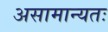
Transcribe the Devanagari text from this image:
असामान्यतः